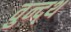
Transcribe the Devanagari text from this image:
वुन्द्थ